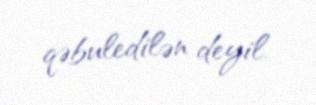
qəbuledilən deyil.